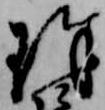
珠